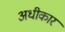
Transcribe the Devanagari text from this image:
अधीकार